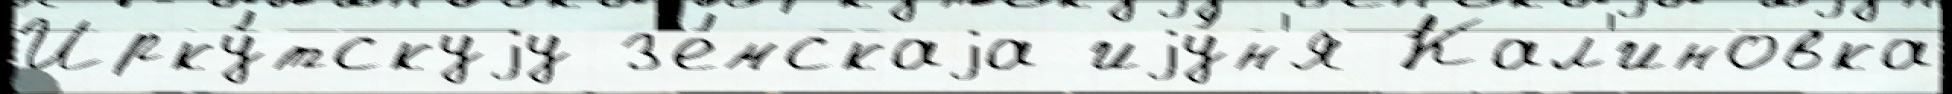
Ирку́тскуjу з'е́мскаjа иjу́н'я Кал'иновка